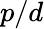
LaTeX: p/d